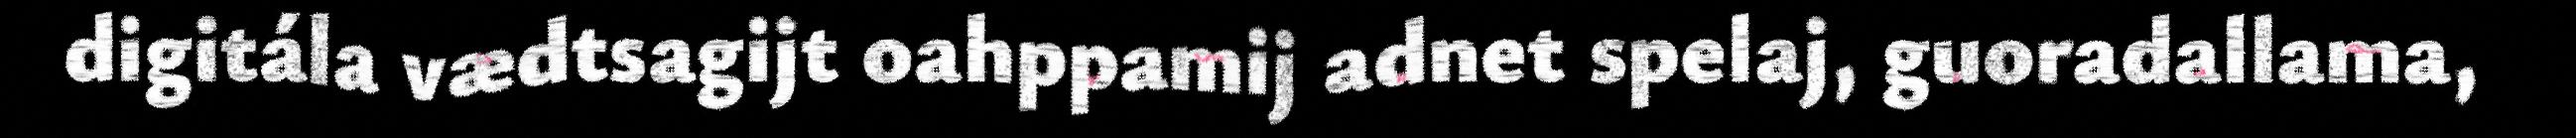
digitála vædtsagijt oahppamij adnet spelaj, guoradallama,